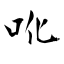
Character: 吪